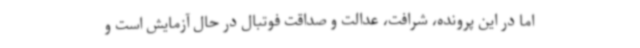
اما در این پرونده، شرافت، عدالت و صداقت فوتبال در حال آزمایش است و